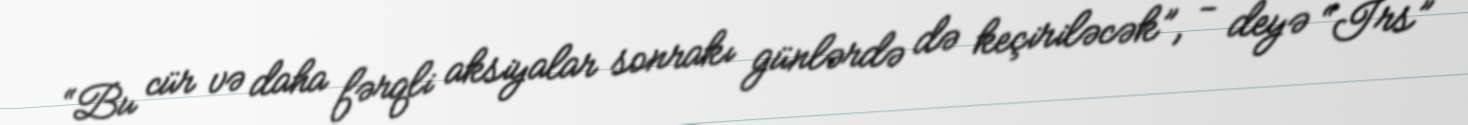
“Bu cür və daha fərqli aksiyalar sonrakı günlərdə də keçiriləcək”, - deyə “İrs”